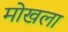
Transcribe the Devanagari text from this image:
मोखला